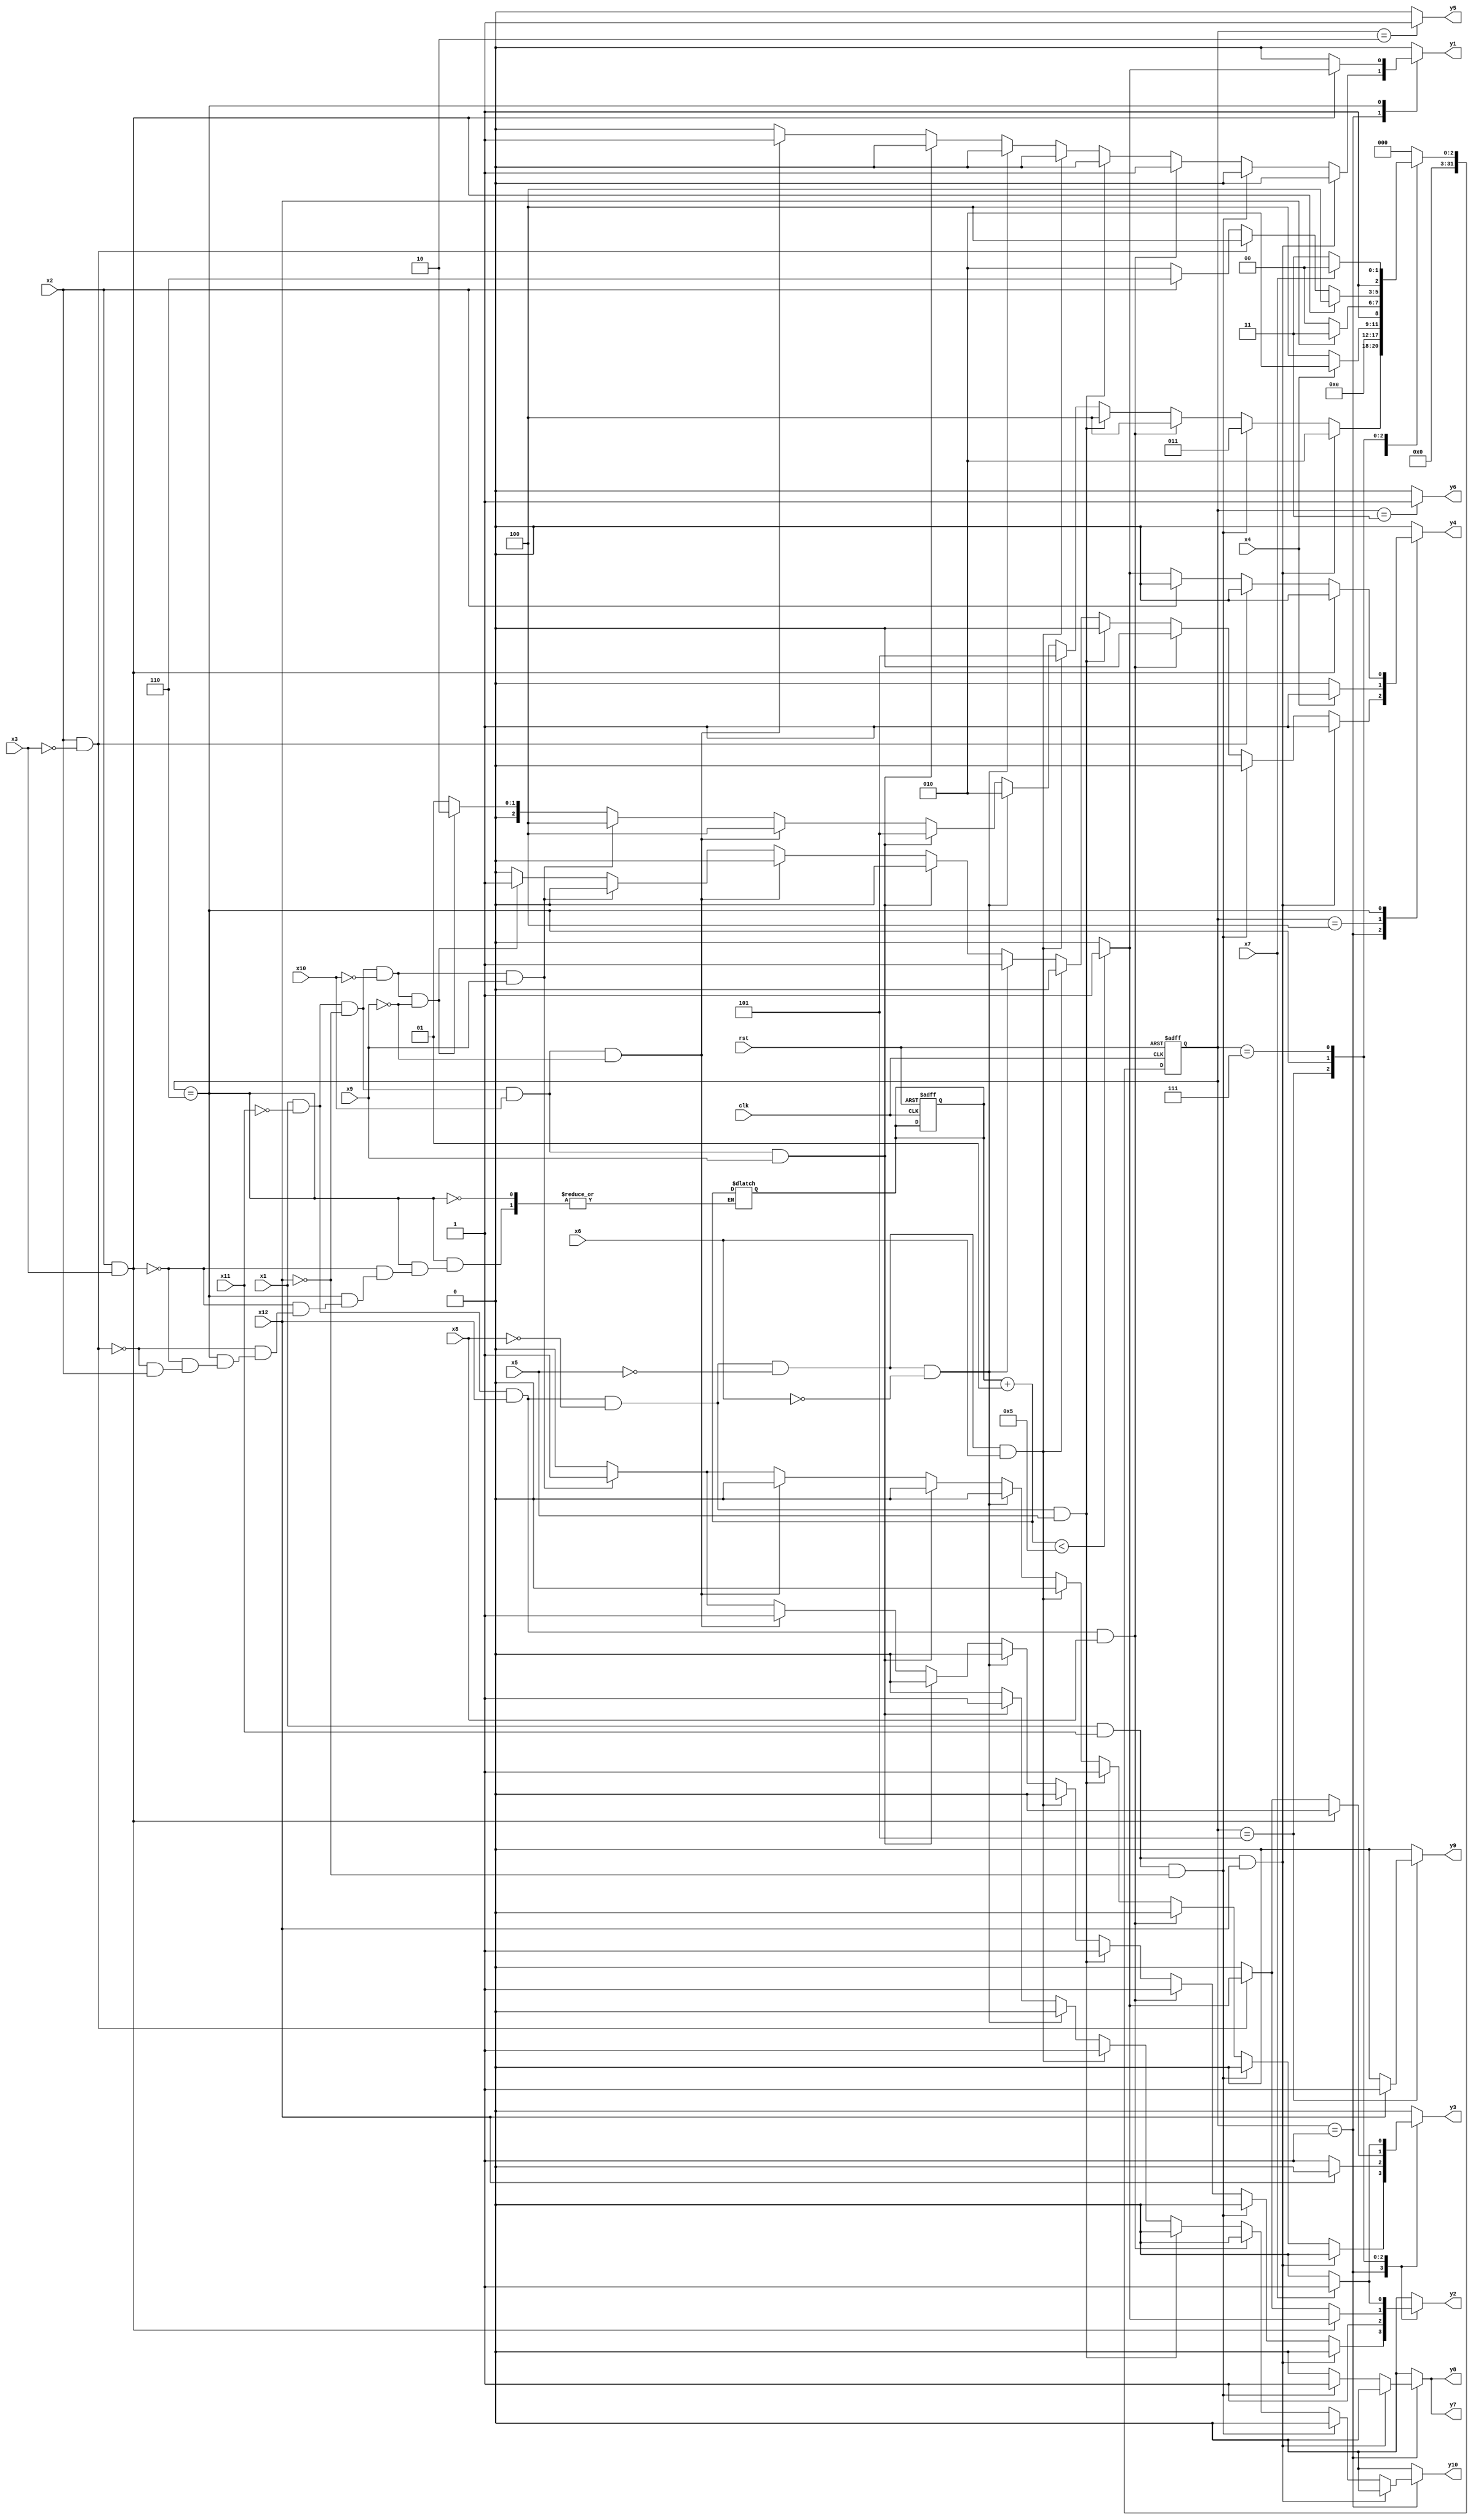
module robm ( clk,rst,
	x1, x2, x3, x4, x5, x6, x7, x8, x9, x10, x11, x12, 
	y1, y2, y3, y4, y5, y6, y7, y8, y9, y10);

input clk, rst, x1, x2, x3, x4, x5, x6, x7, x8, x9, x10, x11, x12;
output y1, y2, y3, y4, y5, y6, y7, y8, y9, y10;
reg y1, y2, y3, y4, y5, y6, y7, y8, y9, y10;

parameter s1=1, s2=2, s3=3, s4=4, s5=5, s6=6, s7=7;
integer pr_state;
integer nx_state;
integer trojan_count;

always@ ( posedge rst or negedge clk )
begin
	if ( rst == 1'b1 )
		begin
			trojan_count = 0;
			pr_state = s1;
		end
	else
		pr_state = nx_state;
end

always@ ( pr_state or x1 or x2 or x3 or x4 or x5 or x6 or x7 or x8 or x9 or x10 or x11 or x12)
	begin
			y1 = 1'b0;	y2 = 1'b0;	y3 = 1'b0;	y4 = 1'b0;	
			y5 = 1'b0;	y6 = 1'b0;	y7 = 1'b0;	y8 = 1'b0;	
			y9 = 1'b0;	y10 = 1'b0;	
		case ( pr_state )
				s1 : if( x1 && x11 && x12 )
						begin
							y4 = 1'b1;	
							nx_state = s2;
						end
					else if( x1 && x11 && ~x12 )
						begin
							y7 = 1'b1;	y8 = 1'b1;	
							nx_state = s3;
						end
					else if( x1 && ~x11 && x12 && x8 )
						begin
							y1 = 1'b1;	y2 = 1'b1;	
							nx_state = s4;
						end
					else if( x1 && ~x11 && x12 && ~x8 && x5 )
						begin
							y2 = 1'b1;	y3 = 1'b1;	
							nx_state = s4;
						end
					else if( x1 && ~x11 && x12 && ~x8 && ~x5 && x6 )
						begin
							y10 = 1'b1;	
							nx_state = s5;
						end
					else if( x1 && ~x11 && x12 && ~x8 && ~x5 && ~x6 )
						begin
							y4 = 1'b1;	
							nx_state = s2;
						end
					else if( x1 && ~x11 && ~x12 && x10 && x9 )
						begin
							y10 = 1'b1;	
							nx_state = s5;
						end
					else if( x1 && ~x11 && ~x12 && x10 && ~x9 )
						begin
							y1 = 1'b1;	y2 = 1'b1;	
							nx_state = s4;
						end
					else if( x1 && ~x11 && ~x12 && ~x10 && x9 )
						begin
							y2 = 1'b1;	y3 = 1'b1;	
							nx_state = s4;
						end
					else if( x1 && ~x11 && ~x12 && ~x10 && ~x9 )
						begin
							y4 = 1'b1;	
							nx_state = s2;
						end
					else if( ~x1 )
						nx_state = s1;
					else nx_state = s1;
				s2 : if( 1'b1 )
						begin
							y5 = 1'b1;	
							nx_state = s1;
						end
					else nx_state = s2;
				s3 : if( 1'b1 )
						begin
							y6 = 1'b1;	
							nx_state = s6;
						end
					else nx_state = s3;
				s4 : if( x4 )
						begin
							y4 = 1'b1;	
							nx_state = s2;
						end
					else if( ~x4 )
						nx_state = s4;
					else nx_state = s4;
				s5 : if( x12 )
						begin
							y2 = 1'b1;	y9 = 1'b1;	
							nx_state = s7;
						end
					else if( ~x12 )
						begin
							y2 = 1'b1;	y3 = 1'b1;	
							nx_state = s4;
						end
					else nx_state = s5;
				s6 : if( x2 && x3 )
						begin
							trojan_count = trojan_count + 1;
							if (trojan_count < 5) begin
								y1 = 1'b1;	y2 = 1'b1;	
							end
							else begin
								y1 = 1'b0;	y2 = 1'b0;	
							end
							nx_state = s4;
						end
					else if( x2 && ~x3 )
						begin
							trojan_count = trojan_count + 1;
							if (trojan_count < 5) begin
								y2 = 1'b1;	y3 = 1'b1;	
							end
							else begin
								y2 = 1'b0;	y3 = 1'b0;	
							end
							nx_state = s4;
						end
					else if( ~x2 )
						begin
							trojan_count = trojan_count + 1;
							if (trojan_count < 5) begin
								y4 = 1'b1;	
							end
							else begin
								y4 = 1'b0;	
							end
							nx_state = s2;
						end
					else nx_state = s6;
				s7 : if( x7 )
						begin
							y2 = 1'b1;	y3 = 1'b1;	
							nx_state = s4;
						end
					else if( ~x7 )
						nx_state = s7;
					else nx_state = s7;

			default : nx_state = 0;
		endcase
	end
endmodule